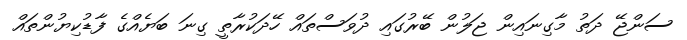
ސަންޖޭ ދަތު މާގިނައިން ޖަލުން ބޭރުގައި ދުވަސްތައް ހޭދަކުރާތީ ގިނަ ބަޔެއްގެ ފާޑުކިޔުންތައް